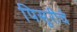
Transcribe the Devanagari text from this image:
पिसूरीचे